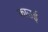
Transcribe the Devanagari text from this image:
काउई